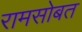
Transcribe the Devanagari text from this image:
रामसोबत